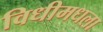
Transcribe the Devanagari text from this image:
विधीमधला